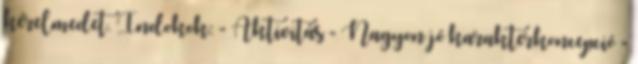
kérelmedet. Indokok: - Aktivitás - Nagyon jó karakterkoncepció -